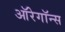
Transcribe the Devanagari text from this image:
ऑरेगॉन्स